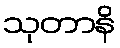
သုတာနိ